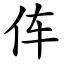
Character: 伡